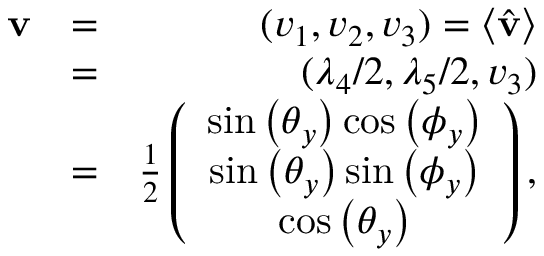
\begin{array} { r l r } { { \bf v } } & { = } & { ( v _ { 1 } , v _ { 2 } , v _ { 3 } ) = \langle \hat { \bf v } \rangle } \\ & { = } & { ( \lambda _ { 4 } / 2 , \lambda _ { 5 } / 2 , v _ { 3 } ) } \\ & { = } & { \frac { 1 } { 2 } \left( \begin{array} { c } { \sin \left( \theta _ { y } \right) \cos \left( \phi _ { y } \right) } \\ { \sin \left( \theta _ { y } \right) \sin \left( \phi _ { y } \right) } \\ { \cos \left( \theta _ { y } \right) } \end{array} \right) , } \end{array}